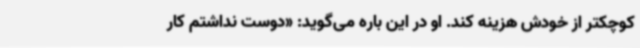
کوچکتر از خودش هزینه کند. او در این باره می‌گوید: «دوست نداشتم کار